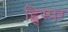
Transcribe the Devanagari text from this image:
ह्विस्पर